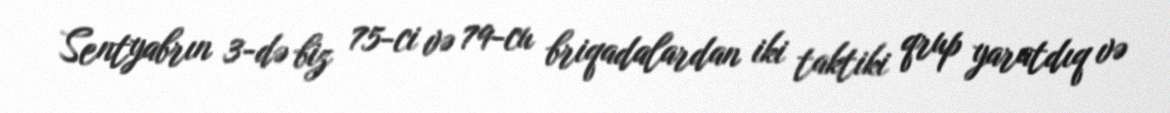
Sentyabrın 3-də biz 75-ci və 79-cu briqadalardan iki taktiki qrup yaratdıq və